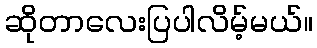
ဆိုတာလေးပြပါလိမ့်မယ်။